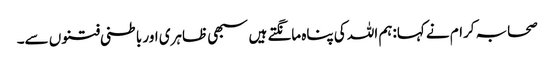
صحابہ کرام نے کہا:ہم اللہ کی پناہ مانگتے ہیں سبھی ظاہری اور باطنی فتنوں سے۔